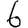
Digit: 6